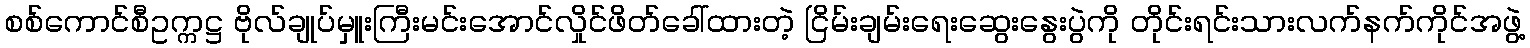
စစ်ကောင်စီဥက္ကဋ္ဌ ဗိုလ်ချုပ်မှူးကြီးမင်းအောင်လှိုင်ဖိတ်ခေါ်ထားတဲ့ ငြိမ်းချမ်းရေးဆွေးနွေးပွဲကို တိုင်းရင်းသားလက်နက်ကိုင်အဖွဲ့